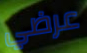
عرضي